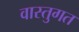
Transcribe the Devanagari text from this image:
वास्तुगत